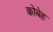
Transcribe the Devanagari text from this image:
कोबेह